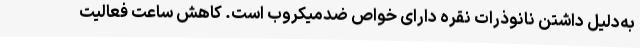
به‌دلیل داشتن نانوذرات نقره دارای خواص ضدمیکروب است. کاهش ساعت فعالیت